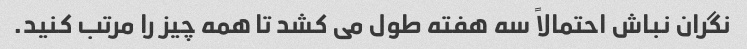
نگران نباش احتمالاً سه هفته طول می کشد تا همه چیز را مرتب کنید.